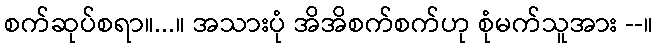
စက်ဆုပ်စရာ။...။ အသားပုံ အိအိစက်စက်ဟု စုံမက်သူအား --။